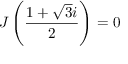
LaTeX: \quad J \left( { \frac { 1 + { \sqrt { 3 } } i } { 2 } } \right) = 0